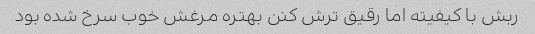
ربش با کیفیته اما رقیق ترش کنن بهتره مرغش خوب سرخ شده بود